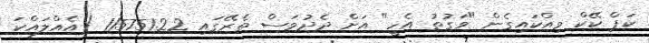
ކަޕް ކޭކް ވިއްކައިގެން "ވަގުތު އެހީ" އަށް ދެދުވަސް ތެރޭގައި 115751.22 (އެއްލައްކަ